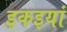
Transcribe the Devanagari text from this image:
इकइयां